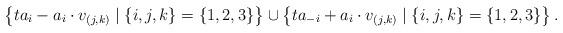
LaTeX: \begin{align*}\left\{ t a_i - a_i \cdot v_{(j,k)} \mid \{i, j, k\} = \{1, 2, 3\} \right\} \cup \left\{ t a_{-i} + a_i \cdot v_{(j,k)} \mid \{i, j, k\} = \{1, 2, 3\}\right\}.\end{align*}